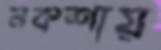
নকশায়